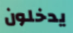
يدخلون